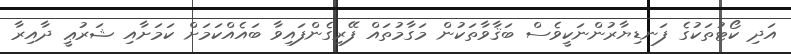
އަދި ކޯޓުތަކުގެ ފަނޑިޔާރުންނަކީވެސް ބަޤާވާތަކުން މަގާމުތައް ފޭރިގެންފައިވާ ބައެއްކަމަށް ކަމަށާއި ޝަރުޢީ ދާއިރާ